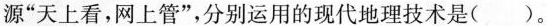
源”天上看，网上管”，分别运用的现代地理技术是()。